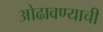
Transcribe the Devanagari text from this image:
ओढावण्याची